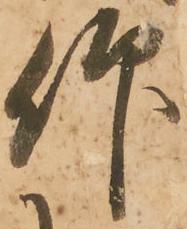
仰